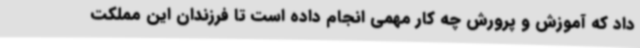
داد که آموزش و پرورش چه کار مهمی انجام داده است تا فرزندان این مملکت